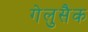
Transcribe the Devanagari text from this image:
गेलुसैक